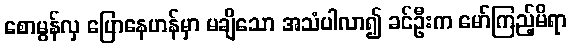
စောမွန်လှ ပြောနေဟန်မှာ မချိသော အသံပါလာ၍ ခင်ဦးက မော်ကြည့်မိရာ